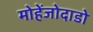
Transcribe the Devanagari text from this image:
मोहेंजोदाडो